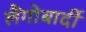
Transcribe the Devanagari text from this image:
लैंगोबार्दी